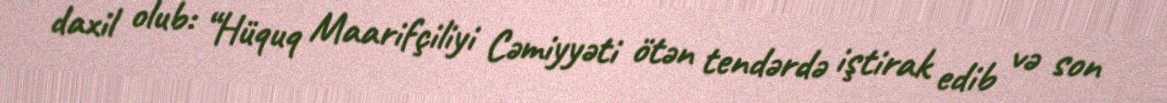
daxil olub: “Hüquq Maarifçiliyi Cəmiyyəti ötən tendərdə iştirak edib və son